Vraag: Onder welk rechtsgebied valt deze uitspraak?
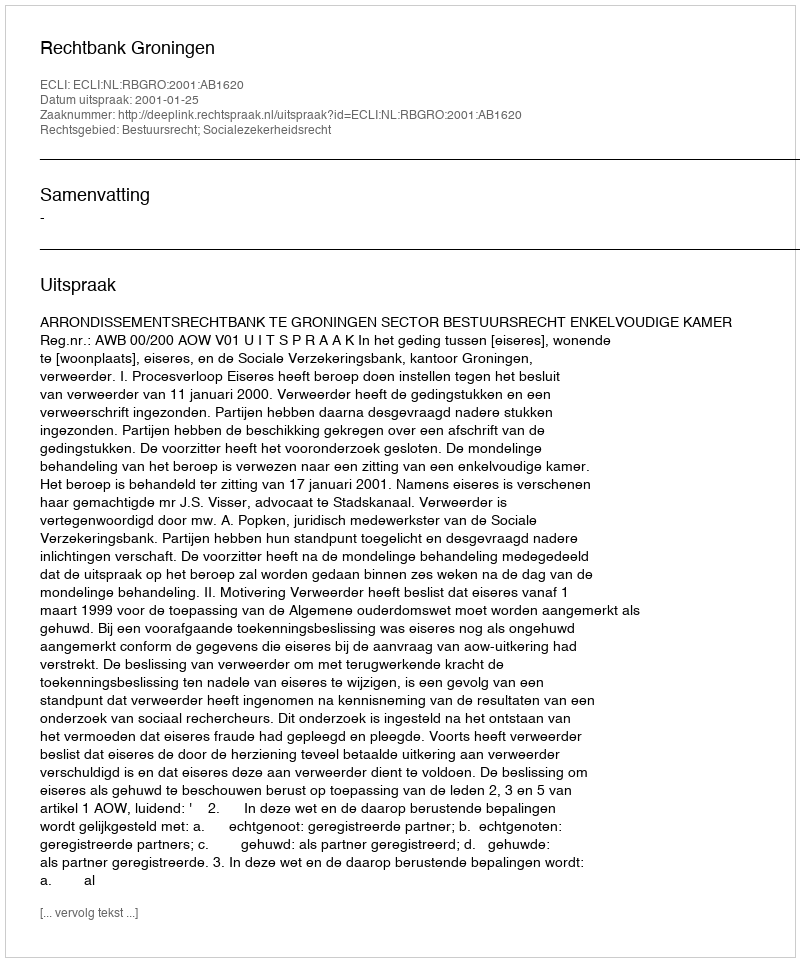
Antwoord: Bestuursrecht; Socialezekerheidsrecht